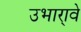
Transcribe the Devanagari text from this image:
उभारा्वे